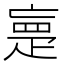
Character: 𰣡